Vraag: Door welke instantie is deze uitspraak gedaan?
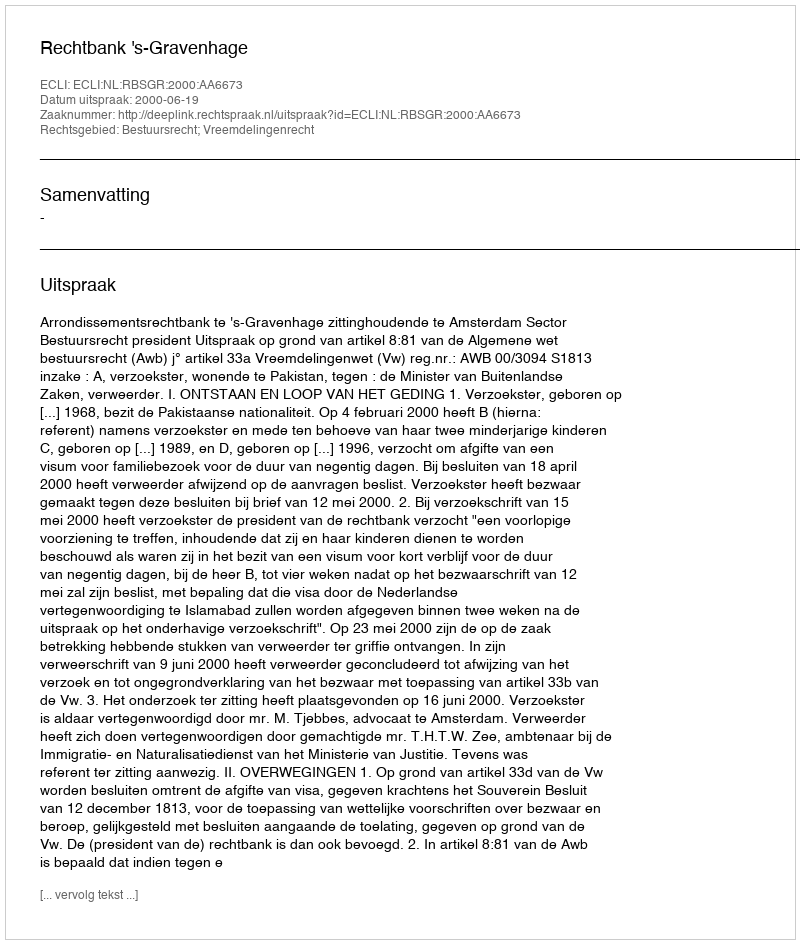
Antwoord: Rechtbank 's-Gravenhage